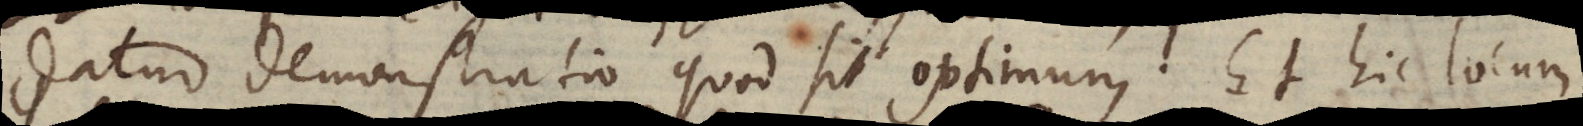
datur demonstratio quod sit optimum. Et hic locum